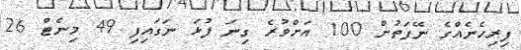
ފިރިހެނެއްގެ ނޭފަތުން 100 އަށްވުރެ ގިނަ ފުޅަ ނަގައިފި 49 މިނެޓް 26